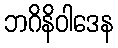
ဘဂိနိဝါဒေန